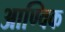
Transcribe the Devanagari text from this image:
आण्‍विक